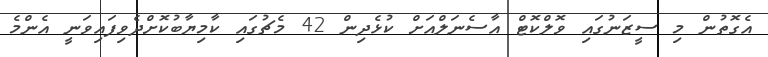
އެގޮތުން މި ސީޒަނުގައި ވޮލްކޮޓް އާސެނަލްއަށް ކުޅެދިން 42 މެޗުގައި ކާމިޔާބުކޮށްދެވިފައިވަނީ އެންމެ